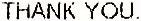
THANK YOU.